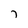
Character: 7